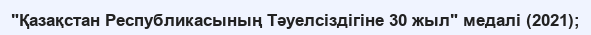
"Қазақстан Республикасының Тәуелсіздігіне 30 жыл" медалі (2021);